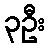
၃ဦး